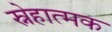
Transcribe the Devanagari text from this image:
स्नेहात्मक